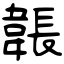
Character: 韔